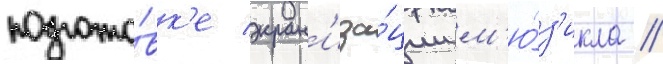
подгото́вк'е экран'иза́ции м'ю́з'икла //